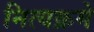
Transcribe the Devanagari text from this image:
नित्यक्रमे